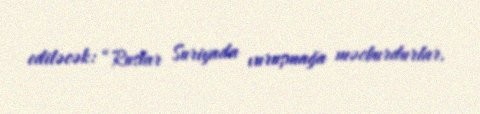
ediləcək: “Ruslar Suriyada vuruşmağa məcburdurlar.